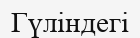
Гүліндегі